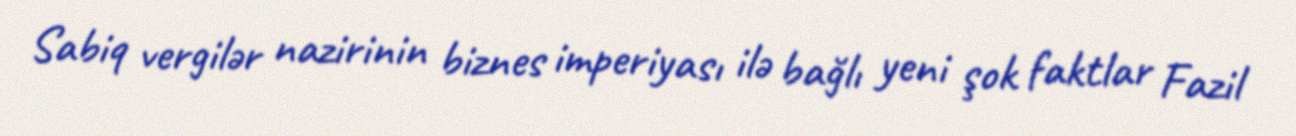
Sabiq vergilər nazirinin biznes imperiyası ilə bağlı yeni şok faktlar Fazil